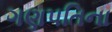
ગણપતિના